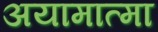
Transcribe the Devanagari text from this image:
अयामात्मा